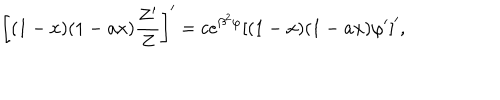
\left[ ( 1 - x ) ( 1 - a x ) { \frac { Z ^ { \prime } } { Z } } \right] ^ { \prime } = c e ^ { \beta ^ { 2 } \varphi } \left[ ( 1 - x ) ( 1 - a x ) \varphi ^ { \prime } \right] ^ { \prime } ,